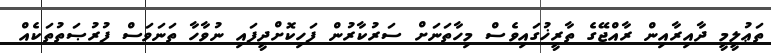
ތަޢުލީމީ ދާއިރާއިން ރާއްޖޭގެ ތާރީޚުގައިވެސް މިހާތަނަށް ސަރުކާރުން ފަހިކޮށްދީފައި ނުވާހާ ތަނަވަސް ފުރުޞަތުތަކެއް